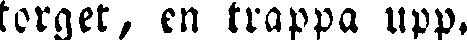
torget, en trappa upp.